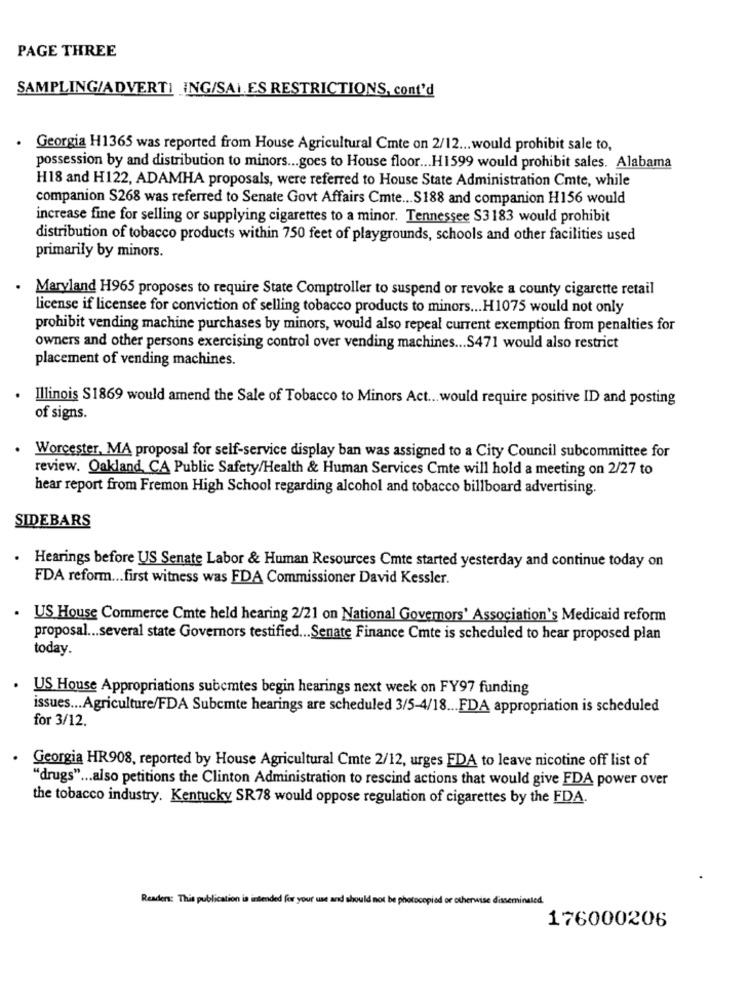
PAGE THREE
SAMPLING/ADVERTI ING/SAI.ES RESTRICTIONS, cont'd
.
Georgia H1365 was reported from House Agricultural Cmte on 2/12 ... would prohibit sale to,
possession by and distribution to minors ... goes to House floor ... H1599 would prohibit sales. Alabama
H18 and H122, ADAMHA proposals, were referred to House State Administration Cmte, while
companion S268 was referred to Senate Govt Affairs Cmte ... S188 and companion H156 would
increase fine for selling or supplying cigarettes to a minor. Tennessee S3183 would prohibit
distribution of tobacco products within 750 feet of playgrounds, schools and other facilities used
primarily by minors.
Maryland H965 proposes to require State Comptroller to suspend or revoke a county cigarette retail
license if licensee for conviction of selling tobacco products to minors ... H1075 would not only
prohibit vending machine purchases by minors, would also repeal current exemption from penalties for
owners and other persons exercising control over vending machines ... S471 would also restrict
placement of vending machines.
Illinois S1869 would amend the Sale of Tobacco to Minors Act ... would require positive ID and posting
of signs.
Worcester, MA proposal for self-service display ban was assigned to a City Council subcommittee for
review. Oakland, CA Public Safety/Health & Human Services Cmte will hold a meeting on 2/27 to
hear report from Fremon High School regarding alcohol and tobacco billboard advertising.
SIDEBARS
. Hearings before US Senate Labor & Human Resources Cmte started yesterday and continue today on
FDA reform ... first witness was FDA Commissioner David Kessler.
US House Commerce Cmte held hearing 2/21 on National Governors' Association's Medicaid reform
proposal ... several state Governors testified ... Senate Finance Cmte is scheduled to hear proposed plan
today.
US House Appropriations subemtes begin hearings next week on FY97 funding
issues ... Agriculture/FDA Subemte hearings are scheduled 3/5-4/18 ... FDA appropriation is scheduled
for 3/12.
Georgia HR908, reported by House Agricultural Cmte 2/12, urges FDA to leave nicotine off list of
"drugs" ... also petitions the Clinton Administration to rescind actions that would give FDA power over
the tobacco industry. Kentucky SR78 would oppose regulation of cigarettes by the FDA.
Readers: This publication is intended for your use and should not be
naled
176000206